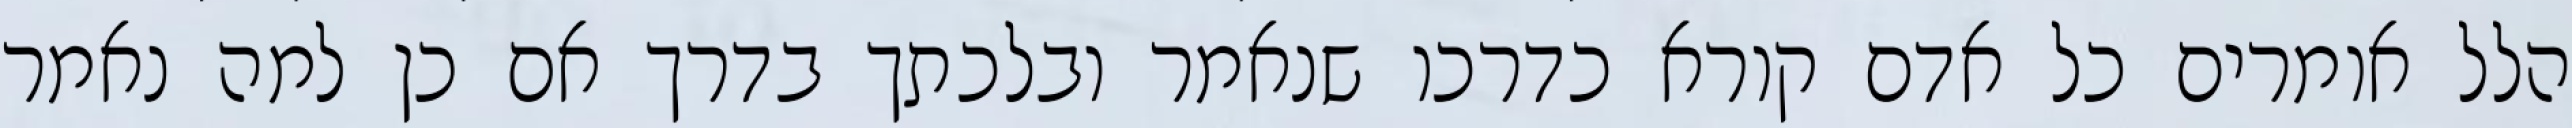
הלל אומרים כל אדם קורא כדרכו שנאמר ובלכתך בדרך אם כן למה נאמר